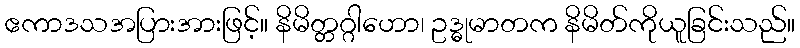
ဧကာဒသအပြားအားဖြင့်။ နိမိတ္တဂ္ဂါဟော၊ ဥဒ္ဓုမာတက နိမိတ်ကိုယူခြင်းသည်။